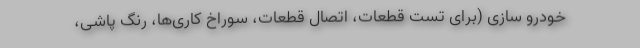
خودرو سازی (برای تست قطعات، اتصال قطعات، سوراخ کاری‌­ها، رنگ پاشی،